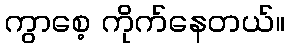
ကွာစေ့ ကိုက်နေတယ်။